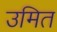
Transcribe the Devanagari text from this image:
उमित